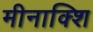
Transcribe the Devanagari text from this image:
मीनाक्शि